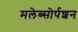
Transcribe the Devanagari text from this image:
मलेब्सोर्पशन